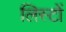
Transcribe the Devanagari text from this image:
लिस्टों